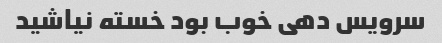
سرویس دهی خوب بود خسته نیاشید